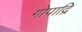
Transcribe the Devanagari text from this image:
गोपाद्रि